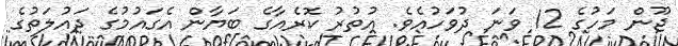
ޖޫން މަހުގެ 12 ވަނަ ދުވަހުއެވެ. އުތުރު ކޮރެއާގެ ބަޔާން އެގައުމުގެ ދައުލަތުގެ